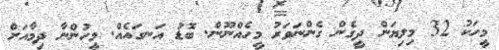
މީހަކު 32 މިލިޔަން ދީގެން ގެންނަވަރު މީހެއްނޫން. ބޮޑު އަނގައެއް. މީހުންނާ ދިމާއަށް